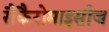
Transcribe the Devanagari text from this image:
सैकैरोमाइसीज